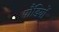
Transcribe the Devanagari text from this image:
पौंडियों